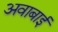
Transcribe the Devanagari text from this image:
अवाबाई